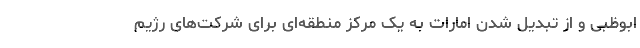
ابوظبی و از تبدیل شدن امارات به یک مرکز منطقه‌ای برای شرکت‌های رژیم